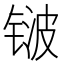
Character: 𬭛